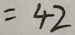
= 4 2